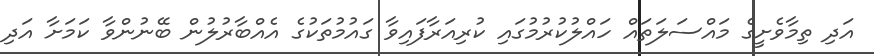
އަދި ތިމާވެށީގެ މައްސަލަތައް ހައްލުކުރުމުގައި ކުރިއަރާފައިވާ ގައުމުތަކުގެ އެއްބާރުލުން ބޭނުންވާ ކަމަށާ އަދި